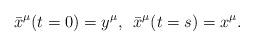
LaTeX: \begin{align*}\bar{x}^{\mu }(t=0)=y^{\mu },\,\,\, \bar{x}^{\mu }(t=s)=x^{\mu }. \end{align*}